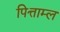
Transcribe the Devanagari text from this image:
पित्ताम्ल